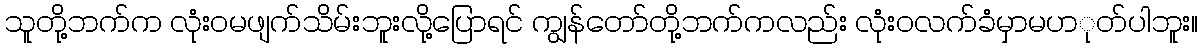
သူတို့ဘက်က လုံးဝမဖျက်သိမ်းဘူးလို့ပြောရင် ကျွန်တော်တို့ဘက်ကလည်း လုံးဝလက်ခံမှာမပာုတ်ပါဘူး။